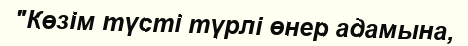
"Көзім түсті түрлі өнер адамына,